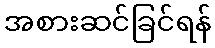
အစားဆင်ခြင်ရန်